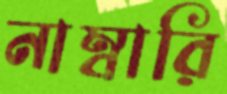
নাম্বারি